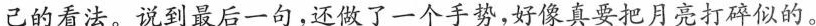
己的看法。说到最后一句，还做了一个手势，好像真要把月亮打碎似的。